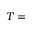
T =